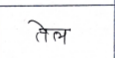
मजकूर: तेल